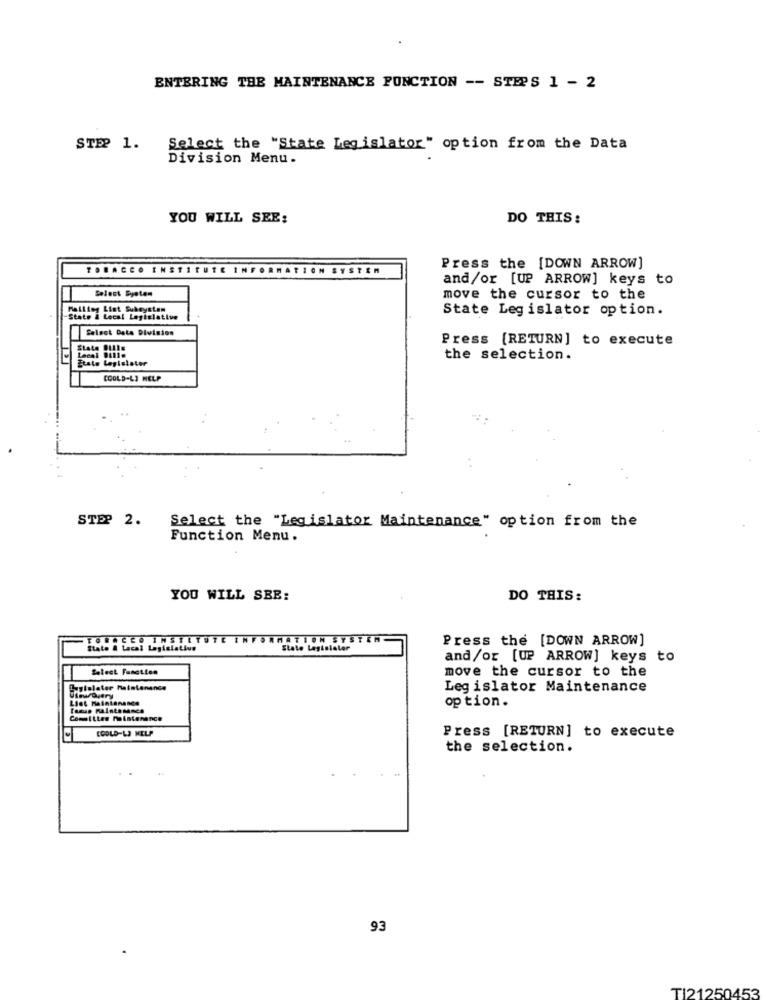
ENTERING THE MAINTENANCE FONCTION -- STEPS 1 - 2
STEP 1.
Select the "State Legislator" option from the Data
Division Menu.
YOU WILL SEE:
DO THIS:
TOBACCO INSTITUTE INFORMATION SYSTEM
Press the [DOWN ARROW]
and/or [UP ARROW] keys to
Select System
move the cursor to the
Mailing List Subeystem
State Legislator option.
State & Local Legislative
Select Date Division
Press [RETURN] to execute
State Bills
1-1
Local Bills
State Legislater
the selection.
COOLD-LI HELP
STEP 2.
Select the "Legislator Maintenance" option from the
Function Menu.
YOU WILL SEE:
DO THIS:
GRACE0 INSIETUTE INFORMATION SYSTEM
Press the [DOWN ARROW]
State & Lacal Lagt
State Legislaler
and/or [UP ARROW] keys to
Select Function
move the cursor to the
Legislator Maintenance
option.
Committee Maintenance
COOLD-LJ KELP
Press [RETURN] to execute
the selection.
93
TI21250453